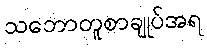
သဘောတူစာချုပ်အရ